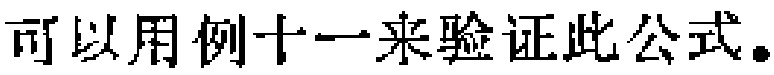
可以用例十一来验证此公式。